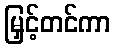
မြှင့်တင်ကာ